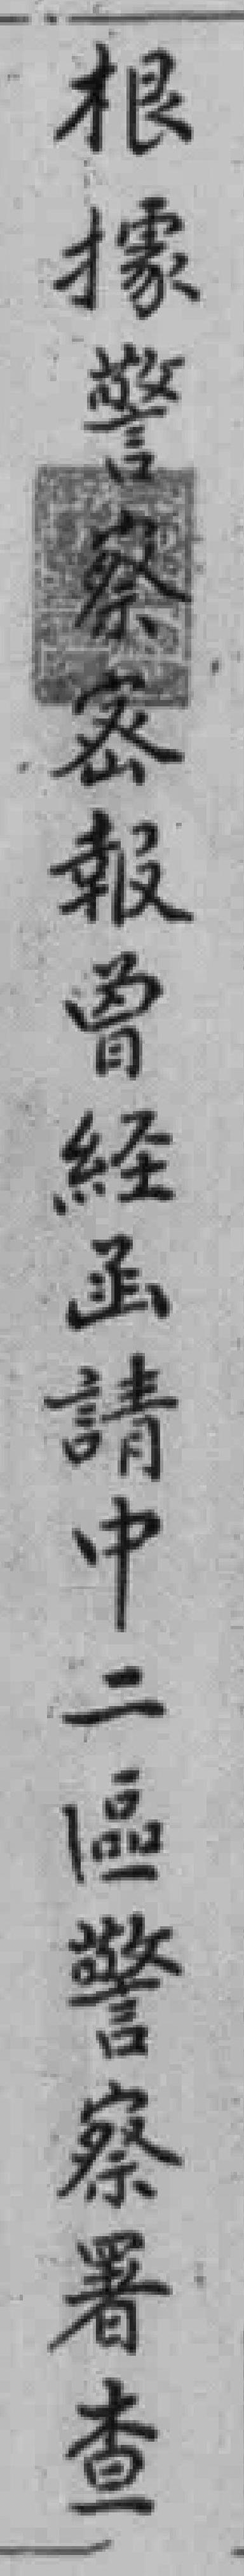
根據警察密報曾経函請中二區警察署查